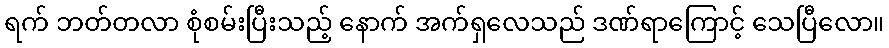
ရက် ဘတ်တလာ စုံစမ်းပြီးသည့် နောက် အက်ရှလေသည် ဒဏ်ရာကြောင့် သေပြီလော။